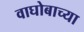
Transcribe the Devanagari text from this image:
वाघोबाच्या